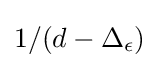
1/(d-\Delta _{\epsilon })